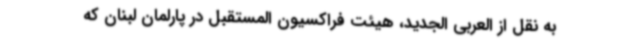
به نقل از العربی الجدید، هیئت فراکسیون المستقبل در پارلمان لبنان که